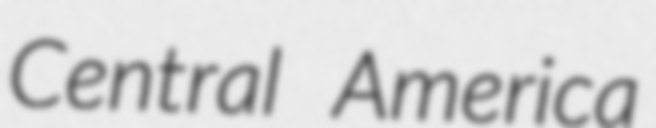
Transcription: Central America